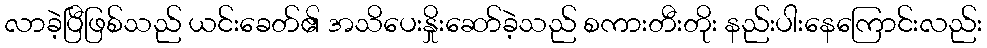
လာခဲ့ပြီဖြစ်သည် ယင်းခေတ်၏ အသိပေးနှိုးဆော်ခဲ့သည် စကားတီးတိုး နည်းပါးနေကြောင်းလည်း